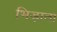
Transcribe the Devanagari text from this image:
भिड़ाता